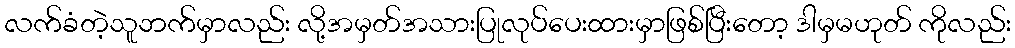
လက်ခံတဲ့သူဘက်မှာလည်း လို့အမှတ်အသားပြုလုပ်ပေးထားမှာဖြစ်ပြီးတော့ ဒါမှမဟုတ် ကိုလည်း